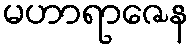
မဟာရာဇေန